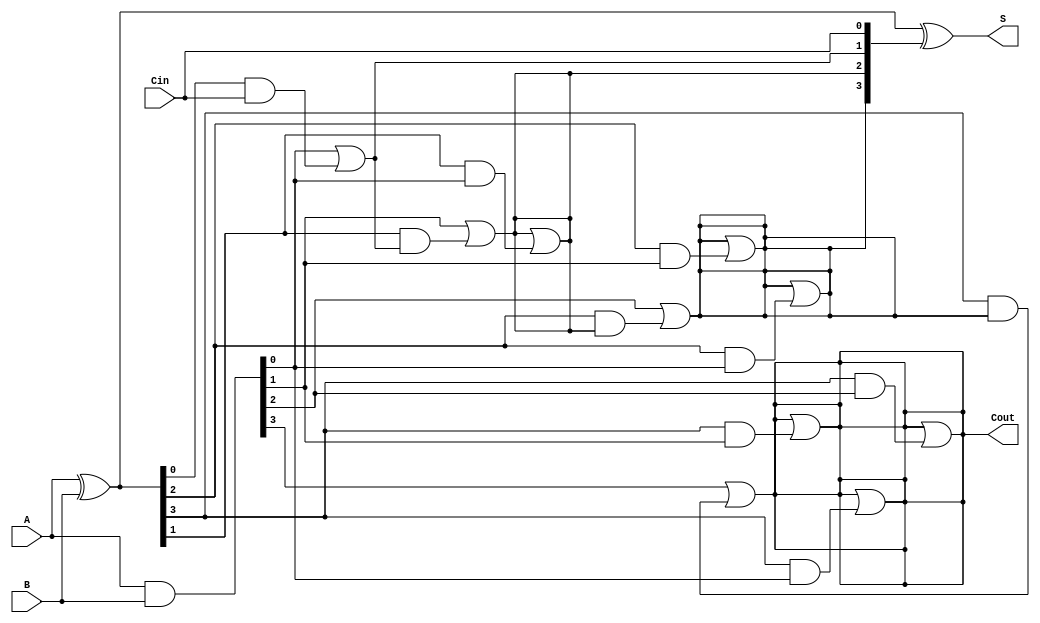
module KoggeStoneAdder #(parameter n = 4) (
    input [n-1:0] A,     // First n-bit number
    input [n-1:0] B,     // Second n-bit number
    input Cin,           // Carry-in
    output [n-1:0] S,    // Sum output
    output Cout          // Carry-out
);

    // Generate and Propagate signals
    wire [n-1:0] P;      // Propagate
    wire [n-1:0] G;      // Generate
    wire [n:0] C;        // Carry signals including C[n] for Cout

    // Generate Propagate and Generate signals
    assign P = A ^ B;    // P[i] = A[i] XOR B[i]
    assign G = A & B;    // G[i] = A[i] AND B[i]

    // Initialize the carry signals
    assign C[0] = Cin;   // Carry-in
    genvar i, j;
    
    // Carry generation stages
    generate
        for (i = 0; i < n; i = i + 1) begin : carry_generation
            if (i == 0) begin
                assign C[i+1] = G[i] | (P[i] & C[i]);
            end else begin
                assign C[i+1] = G[i] | (P[i] & C[i]);
                for (j = 0; j <= i-1; j = j + 1) begin : prefix_stages
                    assign C[i+1] = C[i+1] | (P[i] & G[j]);
                end
            end
        end
    endgenerate

    // Sum calculation
    assign Cout = C[n];  // Carry out
    assign S = P ^ C[n-1:0];  // Sum = P XOR carry

endmodule